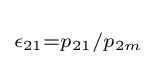
\scriptstyle \epsilon _{21}=p_{21}/p_{2m}